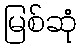
မြစ်ဆုံ